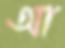
আ